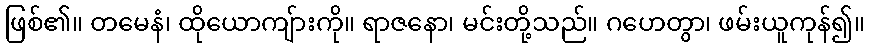
ဖြစ်၏။ တမေနံ၊ ထိုယောကျ်ားကို။ ရာဇနော၊ မင်းတို့သည်။ ဂဟေတွာ၊ ဖမ်းယူကုန်၍။